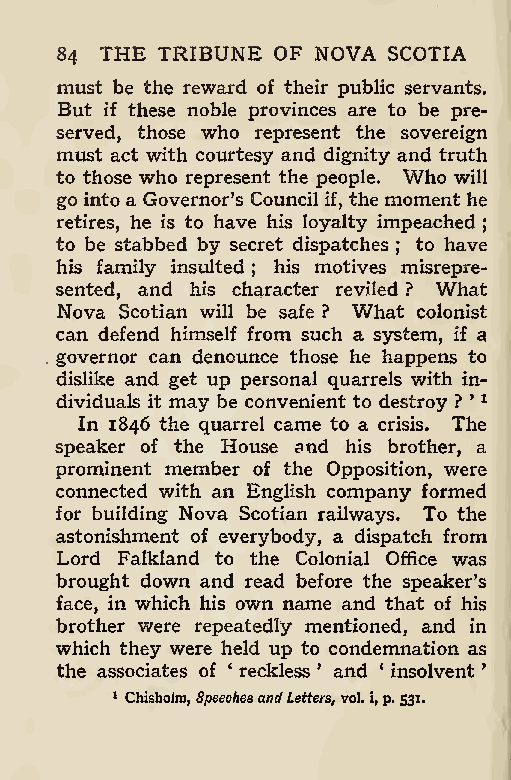
,
 THE TRIBUNE OF NOVA SCOTIA
 84
 must be the reward of their public servants.
 But if these noble provinces are to be pre-
 served, those who represent the sovereign
 must act with courtesy and dignity and truth
 to those who represent the people. Who will
 go into a Governor’s Council if, the moment he
 retires, he is to have his loyalty impeached
 ;
 to be stabbed by secret dispatches to have
 ;
 his family insulted his motives misrepre-
 sented, and his cha; racter reviled ? What
 Nova Scotian will be safe ? What colonist
 can defend himself from such a system, if a
 governor can denounce those he happens to
 dislike and get up personal quarrels with in-
 dividuals it may be convenient to destroy ? ’ 1
 In 1846 the quarrel came to a crisis. The
 speaker of the House and his brother, a
 prominent member of the Opposition, were
 connected with an English company formed
 for building Nova Scotian railways. To the
 astonishment of everybody, a dispatch from
 Lord Falkland to the Colonial Office was
 brought down and read before the speaker’s
 face, in which his own name and that of his
 brother were repeatedly mentioned, and in
 which they were held up to condemnation as
 the associates of ‘ reckless ’ and 4 insolvent *
 1 Chisholm, SpeechesandLetters vol.i,p.531.